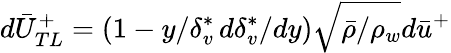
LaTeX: d\bar{U}_{TL}^{+}=\left(1-y/\delta_{v}^{*}\, d\delta_{v}^{*}/dy\right)\sqrt{\bar{\rho}/\rho_{w}}d\bar{u}^{+}